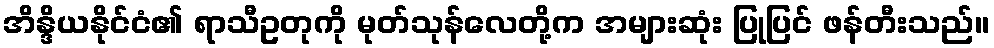
အိန္ဒိယနိုင်ငံ၏ ရာသီဥတုကို မုတ်သုန်လေတို့က အများဆုံး ပြုပြင် ဖန်တီးသည်။